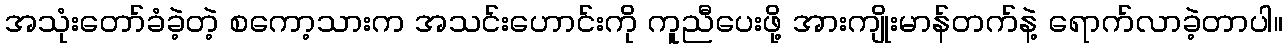
အသုံးတော်ခံခဲ့တဲ့ စကော့သားက အသင်းဟောင်းကို ကူညီပေးဖို့ အားကျိုးမာန်တက်နဲ့ ရောက်လာခဲ့တာပါ။